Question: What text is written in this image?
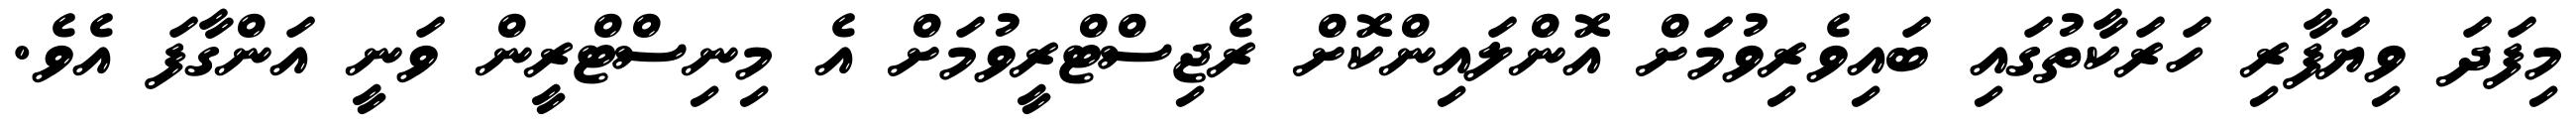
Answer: މިފަދަ ވިޔަފާރި ހަރަކާތުގައި ބައިވެރިވުމަށް އޮންލައިންކޮށް ރެޖިސްޓްރީވުމަށް އެ މިނިސްޓްރީން ވަނީ އަންގާފަ އެވެ.